Insane asylums in Bengal annual reports 1876-1887 - 1876-1887
Year: 1876
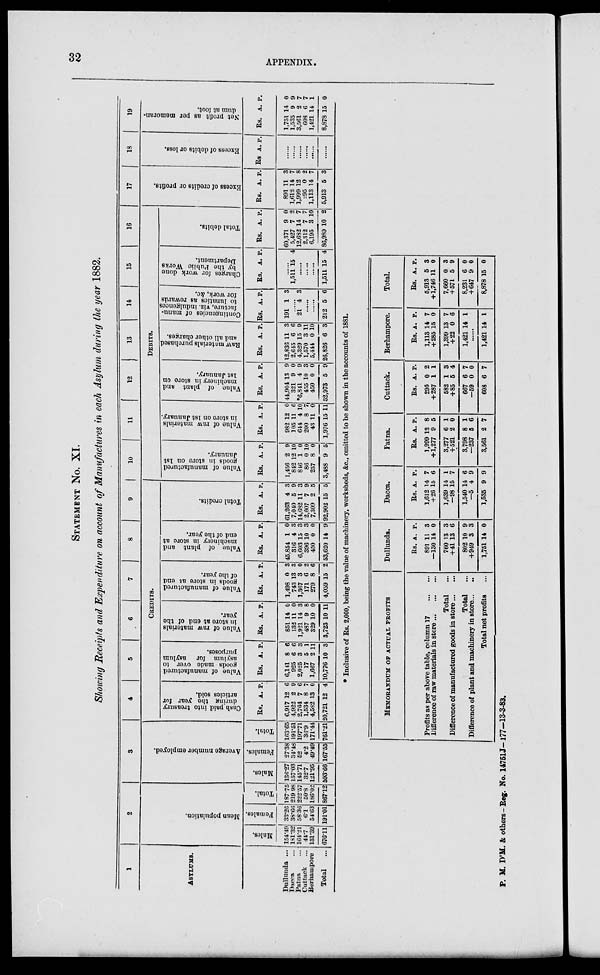
32
APPENDIX.
STATEMENT No. XI.
Showing Receipts and Expenditure on account of Manufactures in each Asylum during the year 1882.
1
ASYLUMS.
Dullunda ...
Dacca ...
Patna ...
Cuttack ...
Berhampore
Total ...
2
Mean population.
Males.
154.49
181.32
164.21
44.7
131.39
676.11
Females.
33.26
38.66
58.36
6.1
54.63
191.01
Total.
187.75
219.98
222.57
50.8
186.02
867.12
3
Average number employed.
Males.
136.27
157.03
145.71
32.7
121.95
593.66
Females.
27.38
34.48
52
4.2
49.49
167.55
Total.
163.65
191.51
197.71
36.9
171.44
761.21
4
5
6
7
8
9
CREDITS.
Cash paid into treasury
during the year for
articles sold.
Rs.
6,917
4,922
2,764
1,534
4,582
20,721
A.
12
2
7
8
13
12
P.
6
9
6
7
0
4
Value of manufactured
goods made over to
asylum for asylum
purposes.
Rs.
6,141
925
2,025
17
1,667
10,776
A.
8
6
3
5
2
10
P.
6
6
3
1
11
3
Value of raw materials
in store at end of the
year.
Rs.
851
132
1,921
487
329
3,723
A.
14
11
14
9
10
10
P.
0
0
3
8
0
11
Value of manufactured
goods in store at end
of the year.
Rs.
1,498
743
1,367
171
279
4,059
A.
0
13
3
6
8
15
P.
3
3
0
2
6
2
Value of plant and
machinery in store at
end of the year.
Rs.
45,854
316
6,603
396
450
53,620
A.
1
4
15
10
0
14
P.
0
3
3
3
0
9
Total credits.
Rs.
61,263
7,040
14,682
2,607
7,309
92,902
A.
4
5
11
7
2
15
P.
3
9
3
9
5
5
10
11
12
13
14
15
16
DEBITS.
Value of manufactured
goods in store on 1st
January.
Rs.
1,456
842
846
86
257
3,488
A.
2
12
1
0
8
9
P.
9
10
0
10
0
5
Value of raw materials
in store on 1st January.
Rs.
982
105
644
200
43
1,976
A.
12
11
4
8
11
15
P.
0
6
10
7
0
11
Value of plant and
machinery in store on
1st January.
Rs.
44,904
321
*6,841
455
450
52,973
A.
13
9
4
10
0
5
P.
9
0
9
3
0
9
Raw materials purchased
and all other charges.
Rs.
12,836
2,645
4,329
1,570
5,444
26,826
A.
11
6
15
3
0
6
P.
3
6
9
11
10
3
Contingencies of manu-
facture, viz. indulgences
to lunatics as rewards
for work, &c.
Rs.
191
A.
1
P.
3
......
21 4 3
......
......
212 5 6
Charges for work done
by the Public Works
Department.
Rs. A. P.
......
1,511 15 4
......
......
......
1,511 15 4
Total debits.
Rs.
60,371
5,427
12,682
2,312
6,195
86,989
A.
9
7
14
7
3
10
P.
0
2
7
7
10
2
17
Excess of credits or profits.
Rs.
891
1,612
1,999
295
1,113
5,913
A.
11
14
12
0
14
5
P.
3
7
8
2
7
3
1 8
Excess of debits or loss.
Rs. A. P.
......
......
......
......
......
......
19
Net profit as per memoran-
dum at foot.
Rs.
1,751
1,535
3,561
608
1,421
8,878
A.
14
9
2
6
14
15
P.
0
9
7
7
1
0
* Inclusive of Rs. 2,000, being the value of machinery, worksheds, &c., omitted to be shown in the accounts of 1881.
MEMORANDUM OF ACTUAL PROFITS
Profits as per above table, column 17
...
...
Difference of raw materials in store
...
...
...
Total ...
Difference of manufactured goods in store
...
...
Total ...
Difference of plant and machinery in store... ...
Total net profits ...
Dullunda.
Rs.
891
—130
760
+41
802
+949
1,751
A.
11
14
13
13
10
3
14
P.
3
0
3
6
9
3
0
Dacca.
Rs.
1,612
+26
1,639
—98
1,540
—5
1,535
A.
14
15
14
15
14
4
9
P.
7
6
1
7
6
9
9
Patna.
Rs.
1,999
+1,277
3,277
+521
3,798
—237
3,561
A.
12
9
6
2
8
5
2
P.
8
5
1
0
1
6
7
Cuttack.
Rs.
295
+287
582
+85
667
—59
608
A.
0
1
1
5
6
0
6
P.
2
1
3
4
7
0
7
Berhampore.
Rs.
1,113
+285
1,399
+22
1,421
A.
14
15
13
0
14
P.
7
0
7
6
1
......
1,421 14 1
Total.
Rs.
5,913
+1,746
7,660
+571
8,231
+647
8,878
A.
5
11
0
5
6
9
15
P.
3
0
3
9
0
0
0
P. M. D'M. & others—Reg. No. 14751J—177—13-3-83.